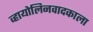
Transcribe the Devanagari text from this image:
व्हायोलिनवादकाला